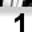
Digit: 1